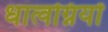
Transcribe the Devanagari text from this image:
धात्वग्नियों